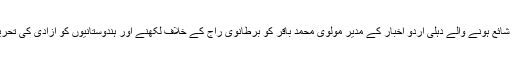
مسلم ہفت روزہ سلطان الاخبار کو بند کردیا گیا ہے جبکہ دلی سے شائع ہونے والے دہلی اردو اخبار کے مدیر مولوی محمد باقر کو برطانوی راج کے خلاف لکھنے اور ہندوستانیوں کو آزادی کی تحریک کے لئے اکسانے کے جرم میں سزائے موت دی جا چکی ہے۔